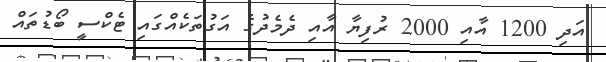
އަދި 1200 އާއި 2000 ރުފިޔާ އާއި ދެމެދުގެ އަގުތަކެއްގައި ޓެކްސީ ބޯޑުތައް